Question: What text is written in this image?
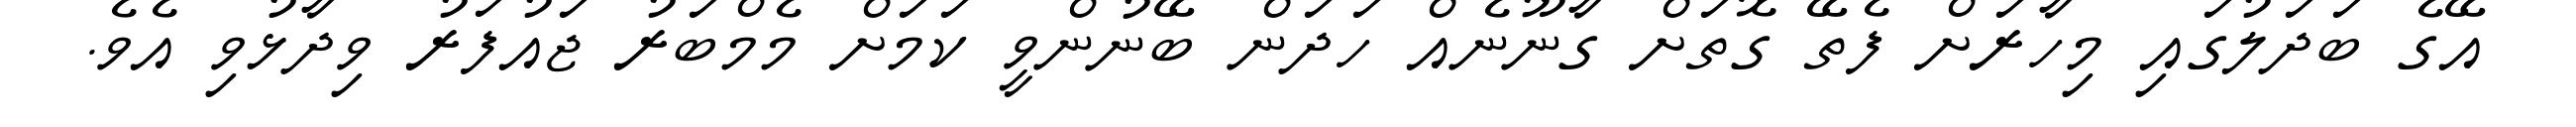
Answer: އޭގެ ބަދަލުގައި މިހާރަށް ފެތޭ ގޮތަށް ގާނޫނެއް ހަދަން ބޭނުންވީ ކަމަށް މެމްބަރު ޖައުފަރު ވިދާޅުވި އެވެ.